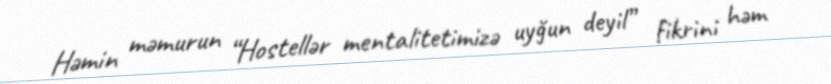
Həmin məmurun “Hostellər mentalitetimizə uyğun deyil” fikrini həm